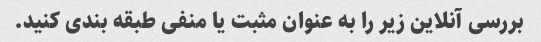
بررسی آنلاین زیر را به عنوان مثبت یا منفی طبقه بندی کنید.